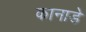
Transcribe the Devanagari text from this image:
कानाडे